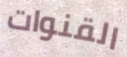
القنوات